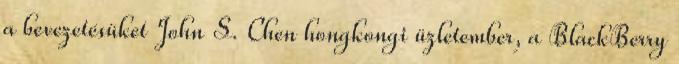
a bevezetésüket John S. Chen hongkongi üzletember, a BlackBerry